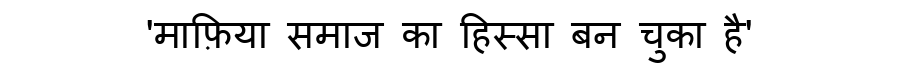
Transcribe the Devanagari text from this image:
'माफ़िया समाज का हिस्सा बन चुका है'